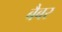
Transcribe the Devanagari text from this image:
बैबर